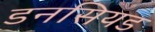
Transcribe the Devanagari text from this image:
डनसियड